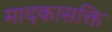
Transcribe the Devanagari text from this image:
मादकासक्ति